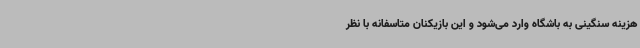
هزینه سنگینی به باشگاه وارد می‌شود و این بازیکنان متاسفانه با نظر